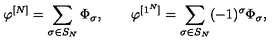
\varphi ^ { [ N ] } = \sum _ { \sigma \in S _ { N } } \Phi _ { \sigma } , \qquad \varphi ^ { [ 1 ^ { N } ] } = \sum _ { \sigma \in S _ { N } } ( - 1 ) ^ { \sigma } \Phi _ { \sigma } ,